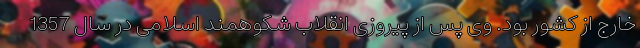
خارج از کشور بود. وی پس از پیروزی انقلاب شکوهمند اسلامی در سال 1357